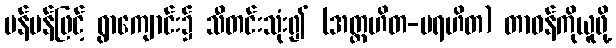
ပန်ပန်ဖြင့် ရွာကျောင်း၌ သီတင်းသုံး၍ (အတ္တဟိတ-ပရဟိတ) တာဝန်ကိုယူဖို့